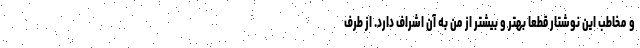
و مخاطب این نوشتار قطعا بهتر و بیشتر از من به آن اشراف دارد. از طرف